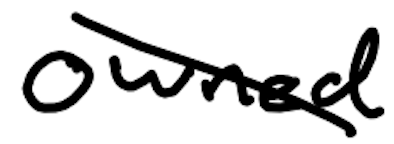
Text: owned
Cross-out: diagonal
Writing tool: digital_black